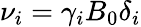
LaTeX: \nu_{i}=\gamma_{i}B_{0}\delta_{i}